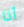
أنا